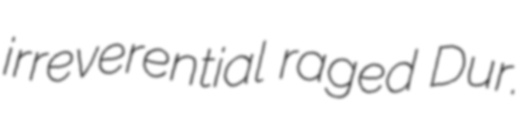
irreverential raged Dur.